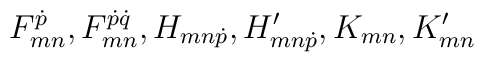
F_{mn}^{\dot{p}}, F_{mn}^{\dot{p}\dot{q}},  H_{mn\dot{p}}, H'_{mn\dot{p}}, K_{mn}, K'_{mn}